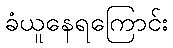
ခံယူနေရကြောင်း